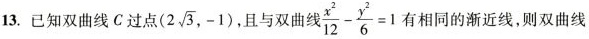
13. 已知双曲线C过点(2 \sqrt{3},-1) 且与双曲线 $$\frac{x^{2}}{12}- \frac{y^{2}}{6}=1$$ 有相同的渐近线，则双曲线